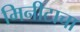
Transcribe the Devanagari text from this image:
मिनीटाचा